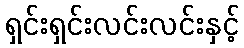
ရှင်းရှင်းလင်းလင်းနှင့်